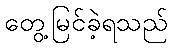
တွေ့မြင်ခဲ့ရသည်